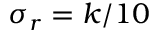
\sigma _ { r } = k / 1 0